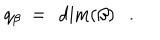
q _ { \beta } \ = \ \dim ( \beta ) \ \ \ .